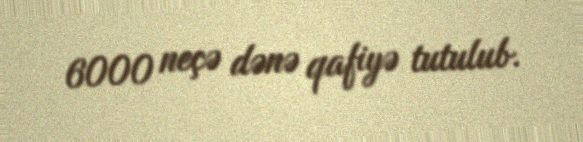
6000 neçə dənə qafiyə tutulub.